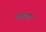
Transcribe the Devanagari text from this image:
स्थिरपणा